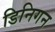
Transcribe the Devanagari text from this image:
डिनिगन